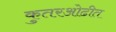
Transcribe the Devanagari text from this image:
कुतरओढीत